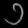
Digit: ၁